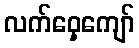
လက်ဝှေ့ကျော်